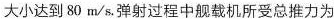
大小达到80m/s.弹射过程中舰载机所受总推力为